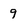
Character: 9